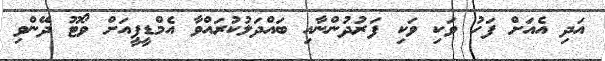
އަދި އެއަށް ފަހު ވަކި ވަކި ފަރުދުންނާއި ބައްދަލުކުރައްވާ އެމްޑީޕީއަށް ވޯޓޫ ދޭންވި